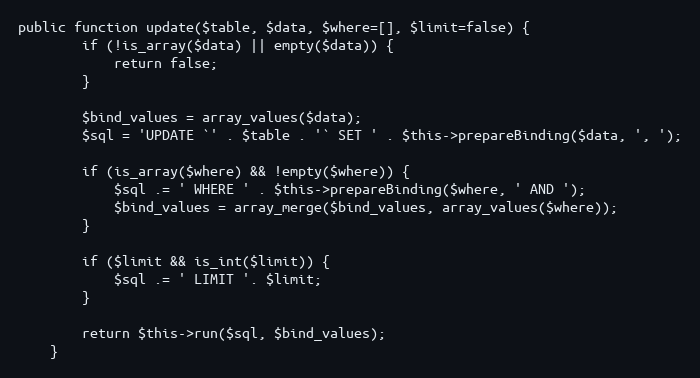
Language: PHP
public function update($table, $data, $where=[], $limit=false) {
        if (!is_array($data) || empty($data)) {
            return false;
        }

        $bind_values = array_values($data);
        $sql = 'UPDATE `' . $table . '` SET ' . $this->prepareBinding($data, ', ');

        if (is_array($where) && !empty($where)) {
            $sql .= ' WHERE ' . $this->prepareBinding($where, ' AND ');
            $bind_values = array_merge($bind_values, array_values($where));
        }

        if ($limit && is_int($limit)) {
            $sql .= ' LIMIT '. $limit;
        }

        return $this->run($sql, $bind_values);
    }